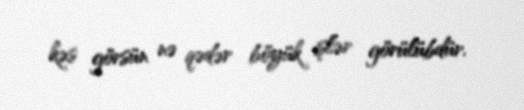
kəs görsün nə qədər böyük işlər görülübdür.